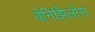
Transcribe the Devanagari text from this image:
वेनिझिलोस